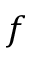
f